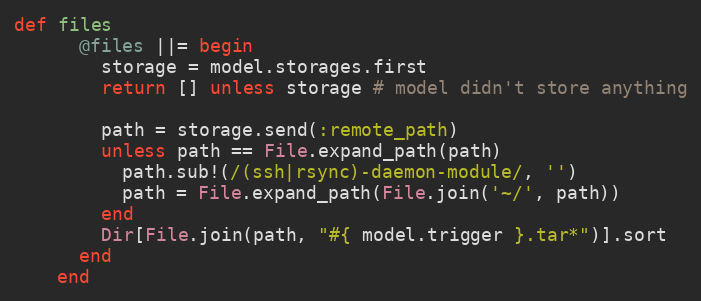
Language: Ruby
def files
      @files ||= begin
        storage = model.storages.first
        return [] unless storage # model didn't store anything

        path = storage.send(:remote_path)
        unless path == File.expand_path(path)
          path.sub!(/(ssh|rsync)-daemon-module/, '')
          path = File.expand_path(File.join('~/', path))
        end
        Dir[File.join(path, "#{ model.trigger }.tar*")].sort
      end
    end